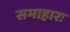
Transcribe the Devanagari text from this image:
समाहारः